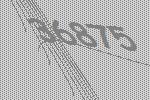
36875